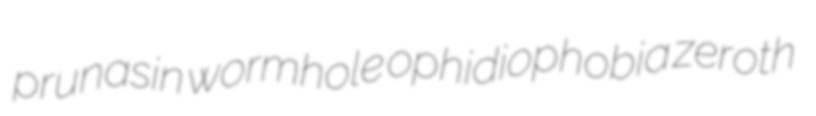
prunasin wormhole ophidiophobia zeroth